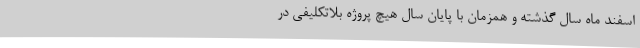
اسفند ماه سال گذشته و همزمان با پایان سال هیچ پروژه بلاتکلیفی در